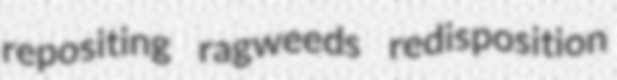
repositing ragweeds redisposition